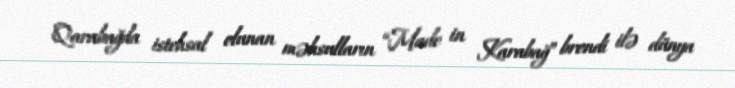
Qarabağda istehsal olunan məhsulların “Made in Karabağ” brendi ilə dünya